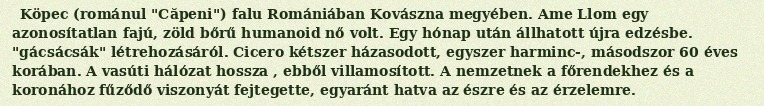
Köpec (románul "Căpeni") falu Romániában Kovászna megyében. Ame Llom egy azonosítatlan fajú, zöld bőrű humanoid nő volt. Egy hónap után állhatott újra edzésbe. "gácsácsák" létrehozásáról. Cicero kétszer házasodott, egyszer harminc-, másodszor 60 éves korában. A vasúti hálózat hossza , ebből villamosított. A nemzetnek a főrendekhez és a koronához fűződő viszonyát fejtegette, egyaránt hatva az észre és az érzelemre.